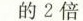
的2倍